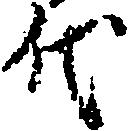
代